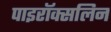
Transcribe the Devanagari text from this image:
पाइरॉक्सलिन